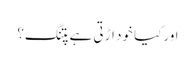
اورکیا خود اڑتی ہے پتنگ؟